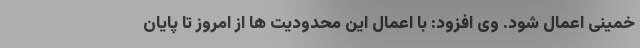
خمینی اعمال شود. وی افزود: با اعمال این محدودیت ها از امروز تا پایان